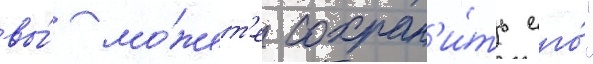
вы́ мо́жет'е сохран'и́ть его́"